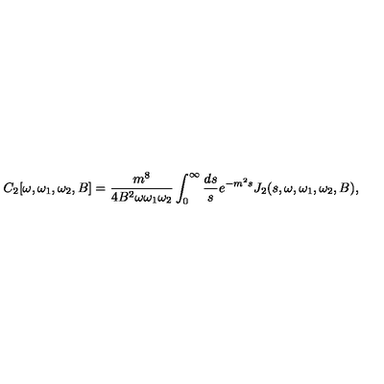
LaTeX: C _ { 2 } [ \omega , \omega _ { 1 } , \omega _ { 2 } , B ] = { \frac { m ^ { 8 } } { 4 B ^ { 2 } \omega \omega _ { 1 } \omega _ { 2 } } } \int _ { 0 } ^ { \infty } { \frac { d s } { s } } e ^ { - m ^ { 2 } s } J _ { 2 } ( s , \omega , \omega _ { 1 } , \omega _ { 2 } , B ) ,